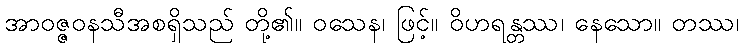
အာဝဇ္ဇဝနသီအစရှိသည် တို့၏။ ဝသေန၊ ဖြင့်။ ဝိဟရန္တဿ၊ နေသော။ တဿ၊